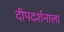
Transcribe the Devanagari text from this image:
दीपदर्शनाला